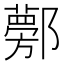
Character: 𨟁